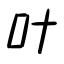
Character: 叶